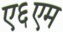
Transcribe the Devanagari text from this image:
ए६एम